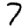
Digit: 7